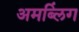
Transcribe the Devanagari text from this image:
अमब्लिंग